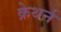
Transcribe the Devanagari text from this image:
क्रेथर्न